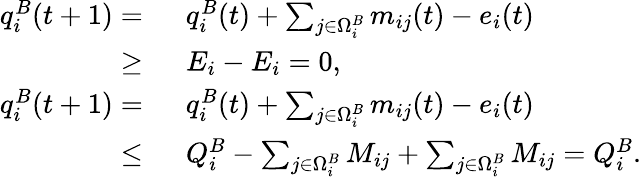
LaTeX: \begin{array}{rl}{q_{i}^{B}(t+1)=~}&{q_{i}^{B}(t)+\sum_{j\in\Omega_{i}^{B}}m_{ij}(t)-e_{i}(t)}\\ {\ge~}&{E_{i}-E_{i}=0,}\\ {q_{i}^{B}(t+1)=~}&{q_{i}^{B}(t)+\sum_{j\in\Omega_{i}^{B}}m_{ij}(t)-e_{i}(t)}\\ {\le~}&{Q_{i}^{B}-\sum_{j\in\Omega_{i}^{B}}M_{ij}+\sum_{j\in\Omega_{i}^{B}}M_{ij}=Q_{i}^{B}.}\end{array}